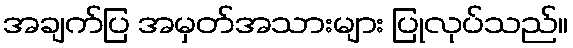
အချက်ပြ အမှတ်အသားများ ပြုလုပ်သည်။